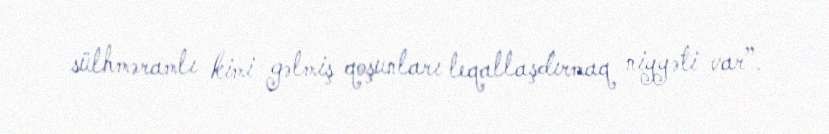
sülhməramlı kimi gəlmiş qoşunları leqallaşdırmaq niyyəti var”.